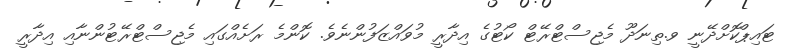
ޓައިޕްކޮށްދޭނީ ވ.ތިނަދޫ މެޖިސްޓްރޭޓް ކޯޓުގެ އިދާރީ މުވައްޒަފުންނެވެ. ކޮންމެ ރަށެއްގައި މެޖިސްޓްރޭޓުންނާއި އިދާރީ